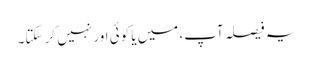
یہ فیصلہ آپ، میں یا کوئی اور نہیں کر سکتا۔